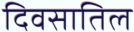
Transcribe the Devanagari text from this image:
दिवसातिल